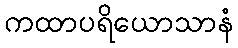
ကထာပရိယောသာနံ